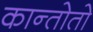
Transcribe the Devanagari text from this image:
कान्तोतो